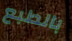
بالطبع